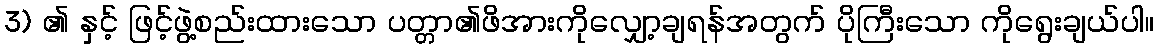
3) ၏ နှင့် ဖြင့်ဖွဲ့စည်းထားသော ပတ္တာ၏ဖိအားကိုလျှော့ချရန်အတွက် ပိုကြီးသော ကိုရွေးချယ်ပါ။